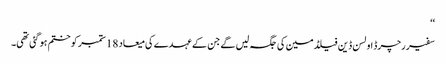
‘‘
سفیر رچرڈ اولسن ڈین فیلڈمین کی جگہ لیں گے جن کے عہدے کی میعاد 18 ستمبر کو ختم ہو گئی تھی۔